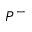
P ^ { - }